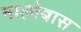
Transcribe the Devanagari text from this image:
मालोबास